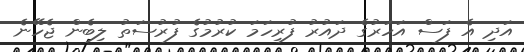
އަދި އެ ފަސް އަހަރުގެ ދައުރު ފުރިހަމަ ކުރުމުގެ ފުރުސަތު ލިބެން ޖެހޭނެ